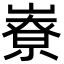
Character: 嶚